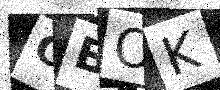
Text: CBOK